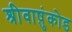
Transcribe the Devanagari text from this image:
श्रीवाष़ुंकोड